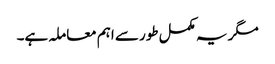
مگر یہ مکمل طور سے اہم معاملہ ہے۔